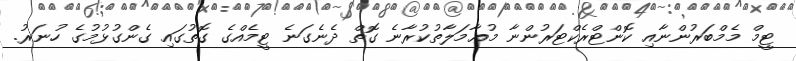
ޓީމް މެމްބަރުންނާއި ކޮންޓްރެކްޓަރުންނާ މުޢާމަލާތުކުރާނެ ގޮތް ދެނެގަނެ ޓީމެއްގެ ގޮތުގައި ގެންގުޅުމުގެ ހުނަރު.